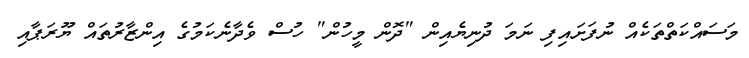
މަސައްކަތްތަކެއް ނުފަށައިފި ނަމަ ދުނިޔެއިން "ދޮން މީހުން" ހުސް ވެދާނެކަމުގެ އިންޒާރުތައް ޔޫރަޕާއި